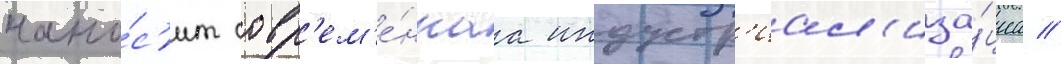
нано́с'ит совр'ем'е́ннаа индустр'иал'иза́циа //